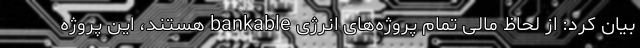
بیان کرد: از لحاظ مالی تمام پروژه‌های انرژی bankable هستند، این پروژه